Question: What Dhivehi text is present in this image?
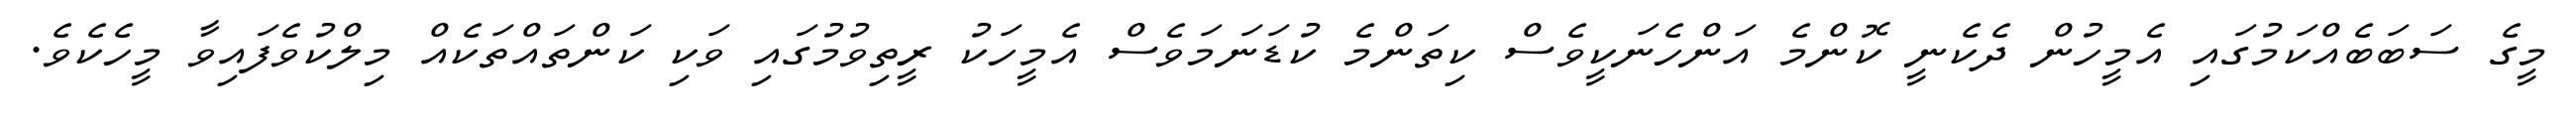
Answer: މީގެ ސަބަބެއްކަމުގައި އެމީހުން ދެކެނީ ކޮންމެ އަންހެނަކީވެސް ކިތަންމެ ކުޑަނަމަވެސް އެމީހަކު ރީތިވުމުގައި ވަކި ކަންތައްތަކެއް މިލްކުވެފައިވާ މީހެކެވެ.